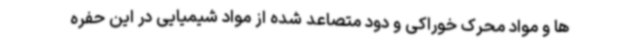
ها و مواد محرک خوراکی و دود متصاعد شده از مواد شیمیایی در این حفره